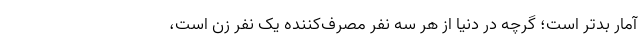
آمار بدتر است؛ گرچه در دنیا از هر سه نفر مصرف‌کننده یک نفر زن است،